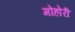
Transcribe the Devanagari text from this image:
मोहोरी